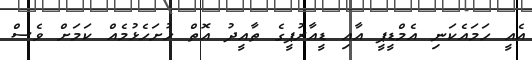
އެއީ ހަމައެކަނި އެމްޑީޕީ އާއި ޑީއާރުޕީގެ ތާއީދު އޮތް ހުށަހެޅުމެއް ކަމަށް ވެސް